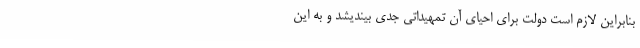
بنابراین لازم است دولت برای احیای آن تمهیداتی جدی بیندیشد و به این